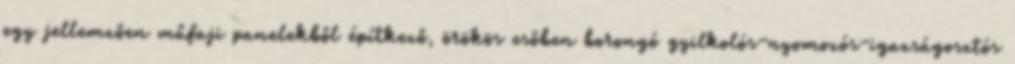
egy jellemzően műfaji panelekből építkező, örökös esőben borongó gyilkolós-nyomozós-igazságosztós